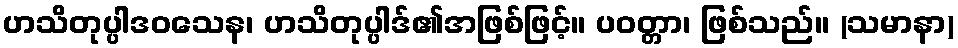
ဟသိတုပ္ပါဒဝသေန၊ ဟသိတုပ္ပါဒ်၏အဖြစ်ဖြင့်။ ပဝတ္တာ၊ ဖြစ်သည်။ (သမာနာ)